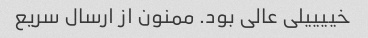
خییییلی عالی بود. ممنون از ارسال سریع